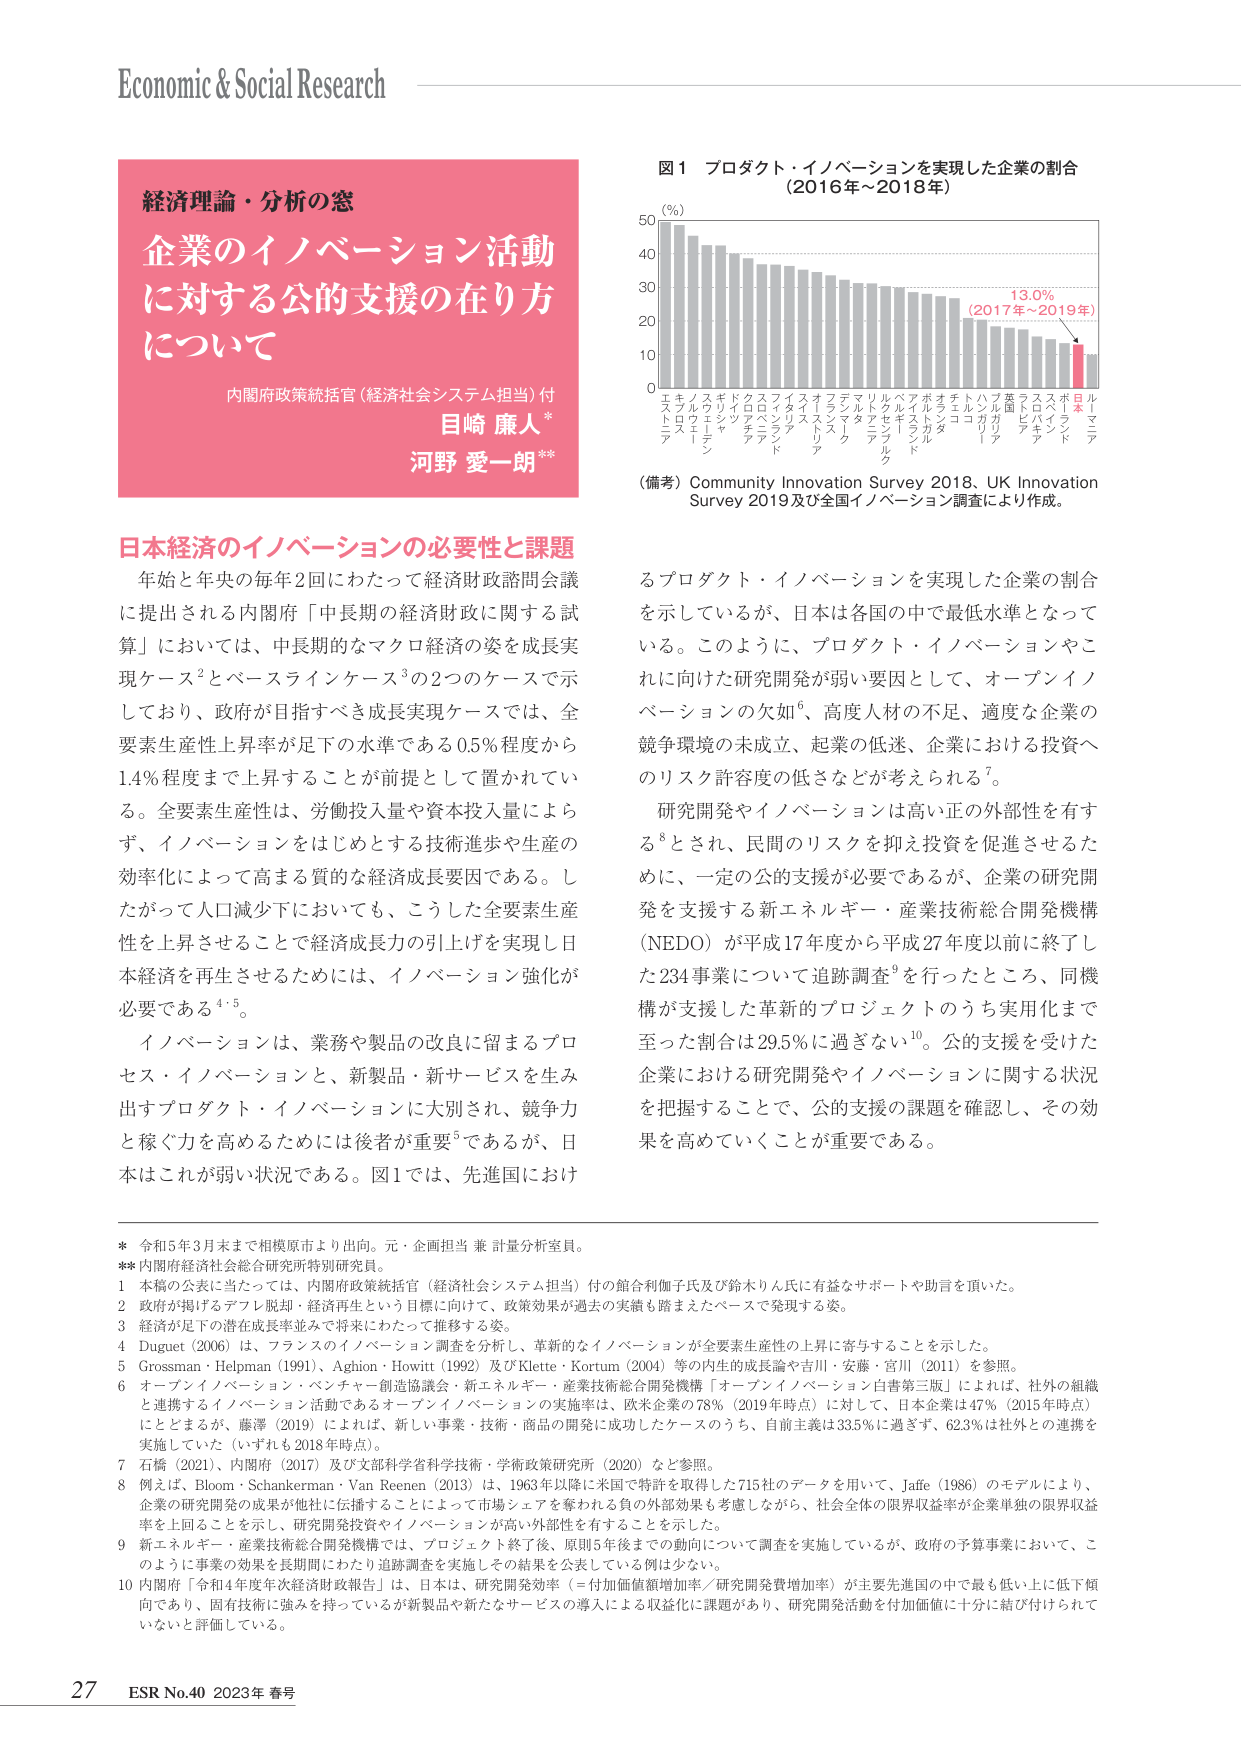
Economic & Social Research

経済理論・分析の窓
企業のイノベーション活動
に対する公的支援の在り方
について
内閣府政策統括官（経済社会システム担当）付
目崎 廉人*
河野 愛一朗**

日本経済のイノベーションの必要性と課題
年始と年央の毎年2回にわたって経済財政諮問会議
に提出される内閣府「中長期の経済財政に関する試
算」においては、中長期的なマクロ経済の姿を成長実
現ケース²とベースラインケース³の2つのケースで示
しており、政府が目指すべき成長実現ケースでは、全
要素生産性上昇率が足下の水準である0.5%程度から
1.4%程度まで上昇することが前提として置かれてい
る。全要素生産性は、労働投入量や資本投入量によら
ず、イノベーションをはじめとする技術進歩や生産の
効率化によって高まる質的な経済成長要因である。し
たがって人口減少下においても、こうした全要素生産
性を上昇させることで経済成長力の引上げを実現し日
本経済を再生させるためには、イノベーション強化が
必要である⁴⁵。

イノベーションは、業務や製品の改良に留まるプロ
セス・イノベーションと、新製品・新サービスを生み
出すプロダクト・イノベーションに大別され、競争力
と稼ぐ力を高めるためには後者が重要⁵であるが、日
本はこれが弱い状況である。図1では、先進国におけ

図1 プロダクト・イノベーションを実現した企業の割合
（2016年～2018年）

（％）
50
40
30
20
10
0

スウェーデン
ノルウェー
スイス
ギリシャ
ドイツ
イタリア
フィンランド
オーストラリア
フランス
デンマーク
イギリス
ルクセンブルク
ベルギー
オランダ
チェコ
ハンガリー
英国
ラトビア
エストニア
ポーランド
日本
ルーマニア

13.0%
（2017年～2019年）

（備考）Community Innovation Survey 2018、UK Innovation
Survey 2019及び全国イノベーション調査により作成。

るプロダクト・イノベーションを実現した企業の割合
を示しているが、日本は各国の中で最低水準となって
いる。このように、プロダクト・イノベーションやこ
れに向けた研究開発が弱い要因として、オープンイノ
ベーションの欠如⁶、高度人材の不足、適度な企業の
競争環境の未成立、起業の低迷、企業における投資へ
のリスク許容度の低さなどが考えられる⁷。

研究開発やイノベーションは高い正の外部性を有す
る⁸とされ、民間のリスクを抑え投資を促進させるた
めに、一定の公的支援が必要であるが、企業の研究開
発を支援する新エネルギー・産業技術総合開発機構
（NEDO）が平成17年度から平成27年度以前に終了し
た234事業について追跡調査⁹を行ったところ、同機
構が支援した革新的プロジェクトのうち実用化まで
至った割合は29.5％に過ぎない¹⁰。公的支援を受けた
企業における研究開発やイノベーションに関する状況
を把握することで、公的支援の課題を確認し、その効
果を高めていくことが重要である。

* 令和5年3月末まで相模原市より出向。元・企画担当 兼 計量分析室員。
** 内閣府経済社会総合研究所特別研究員。
1 本稿の公表に当たっては、内閣府政策統括官（経済社会システム担当）付の館合利伽子氏及び鈴木りん氏に有益なサポートや助言を頂いた。
2 政府が掲げるデフレ脱却・経済再生という目標に向けて、政策効果が過去の実績も踏まえたベースで発現する姿。
3 経済が足下の潜在成長率並みで将来にわたって推移する姿。
4 Duguet (2006) は、フランスのイノベーション調査を分析し、革新的なイノベーションが全要素生産性の上昇に寄与することを示した。
5 Grossman・Helpman (1991)、Aghion・Howitt (1992) 及びKlette・Kortum (2004) 等の内生的成長論や吉川・安藤・宮川 (2011) を参照。
6 オープンイノベーション・ベンチャー創造協議会・新エネルギー・産業技術総合開発機構「オープンイノベーション白書第三版」によれば、社外の組織
と連携するイノベーション活動であるオープンイノベーションの実施率は、欧米企業の78％（2019年時点）に対して、日本企業は47％（2015年時点）
にとどまるが、藤澤 (2019) によれば、新しい事業・技術・商品の開発に成功したケースのうち、自前主義は33.5％に過ぎず、62.3％は社外との連携を
実施していた（いずれも2018年時点）。
7 石橋 (2021)、内閣府 (2017) 及び文部科学省科学技术庁・学術政策研究所 (2020) など参照。
8 例えば、Bloom・Schankerman・Van Reenen (2013) は、1963年以降に米国で特許を取得した715社のデータを用いて、Jaffe (1986) のモデルにより、
企業の研究開発の成果が他社に伝播することによって市場シェアを奪われる負の外部効果も考慮しながら、社会全体の限界収益率が企業単独の限界収益
率を上回ることを示し、研究開発投資やイノベーションが高い外部性を有することを示した。
9 新エネルギー・産業技術総合開発機構では、プロジェクト終了後、原則5年後までの動向について調査を実施しているが、政府の予算事業において、こ
のように事業の効果を長期間にわたり追跡調査を実施しその結果を公表している例は少ない。
10 内閣府「令和4年度年次経済財政報告」は、日本は、研究開発効率（＝付加価値額増加率／研究開発費増加率）が主要先進国の中で最も低い上に低下傾
向であり、固有技術に強みを持っているが新製品や新たなサービスの導入による収益化に課題があり、研究開発活動を付加価値に十分に結び付けられて
いないと評価している。

27 ESR No.40 2023年 春号